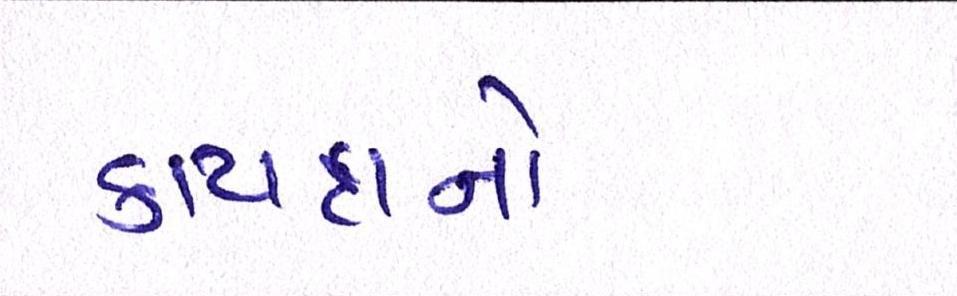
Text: કાયદાનો